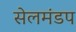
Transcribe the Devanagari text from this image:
सेलमंडप